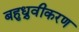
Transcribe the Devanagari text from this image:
बहुध्रुवीकरण